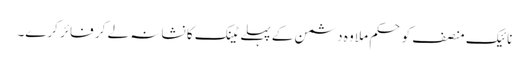
نائیک منصف کو حکم ملا وہ دشمن کے پہلے ٹینک کا نشانہ لے کر فائر کرے۔